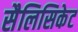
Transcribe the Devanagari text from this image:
सैलिसिकेट